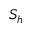
S _ { h }